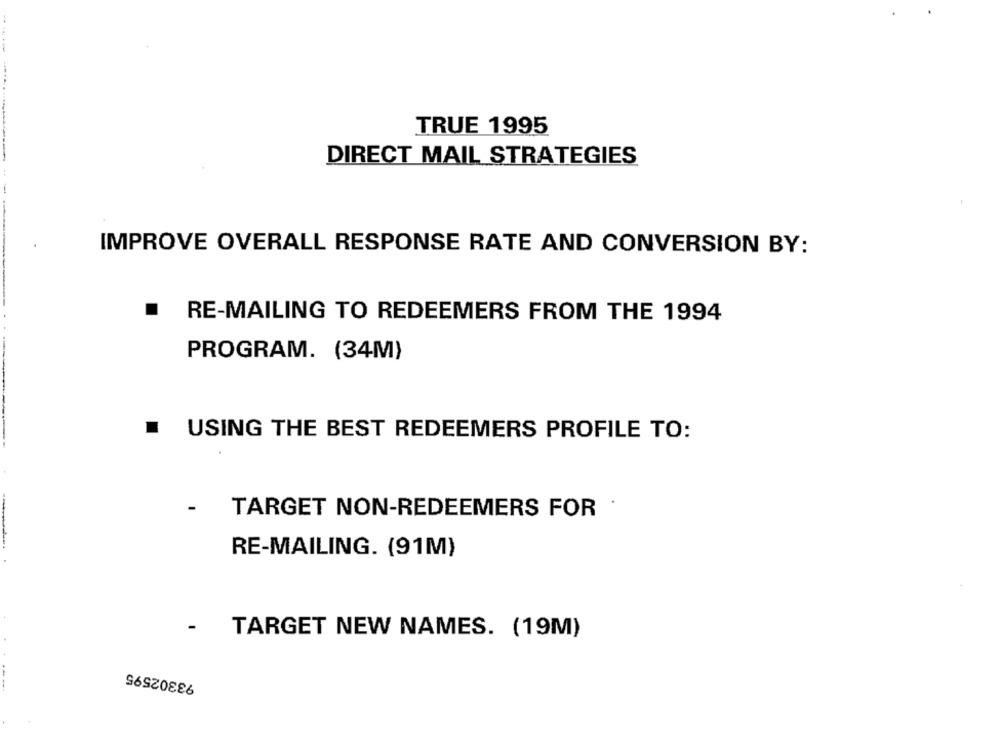
TRUE 1995
DIRECT MAIL STRATEGIES
IMPROVE OVERALL RESPONSE RATE AND CONVERSION BY:
.
RE-MAILING TO REDEEMERS FROM THE 1994
PROGRAM. (34M)
USING THE BEST REDEEMERS PROFILE TO:
-
TARGET NON-REDEEMERS FOR
RE-MAILING. (91M)
TARGET NEW NAMES. (19M)
93302595